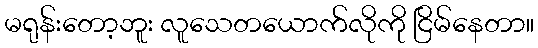
မရုန်းတော့ဘူး လူသေတယောက်လိုကို ငြိမ်နေတာ။